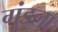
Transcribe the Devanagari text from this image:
गूंडला